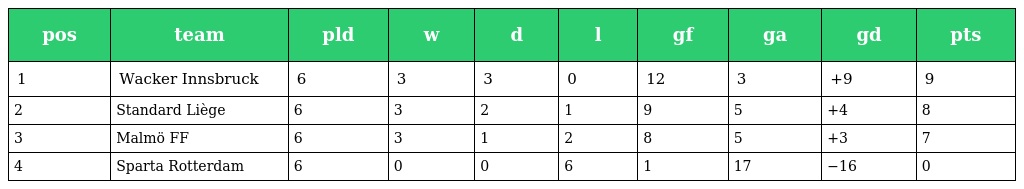
| pos | team | pld | w | d | l | gf | ga | gd | pts |
 | --- | --- | --- | --- | --- | --- | --- | --- | --- | --- |
 | 1 | Wacker Innsbruck | 6 | 3 | 3 | 0 | 12 | 3 | +9 | 9 |
 | 2 | Standard Liège | 6 | 3 | 2 | 1 | 9 | 5 | +4 | 8 |
 | 3 | Malmö FF | 6 | 3 | 1 | 2 | 8 | 5 | +3 | 7 |
 | 4 | Sparta Rotterdam | 6 | 0 | 0 | 6 | 1 | 17 | −16 | 0 |